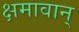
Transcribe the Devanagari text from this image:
क्षमावान्